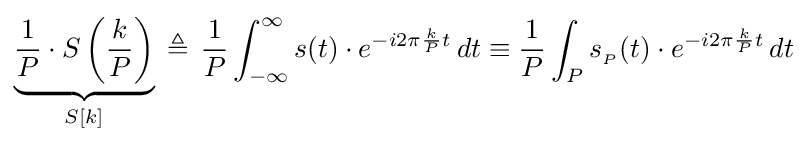
\underbrace {{\frac {1}{P}}\cdot S\left({\frac {k}{P}}\right)} _{S[k]}\,\triangleq \,{\frac {1}{P}}\int _{-\infty }^{\infty }s(t)\cdot e^{-i2\pi {\frac {k}{P}}t}\,dt\equiv {\frac {1}{P}}\int _{P}s_{_{P}}(t)\cdot e^{-i2\pi {\frac {k}{P}}t}\,dt